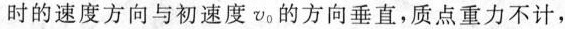
时的速度方向与初速度v_{0}方向垂直，质点重力不计，